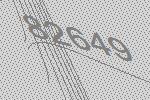
82649